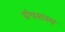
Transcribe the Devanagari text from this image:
ग्रंथशस्य